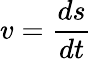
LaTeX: v={\frac{ds}{dt}}